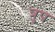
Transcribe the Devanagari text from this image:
त्रुप